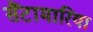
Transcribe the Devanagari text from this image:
सैंटामारिया